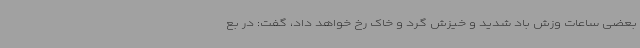
بعضی ساعات وزش باد شدید و خیزش گرد و خاک رخ خواهد داد، گفت: در بع